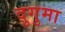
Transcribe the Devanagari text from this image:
दुगुमा